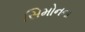
સિમોનના